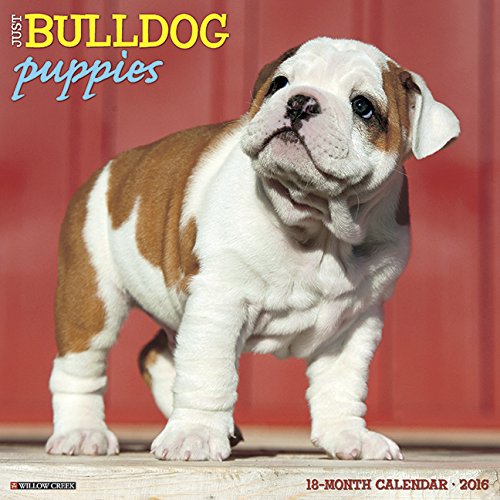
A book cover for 2016 Just Bulldog Puppies Wall Calendar; Willow Creek Press; Calendars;